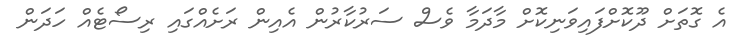
އެ ގޮތަށް ދޫކޮށްފައިވަނިކޮށް މާދަމާ ވެސް ސަރުކާރުން އެއިން ރަށެއްގައި ރިސޯޓެއް ހަދަން